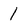
Character: 1